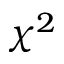
\chi ^ { 2 }